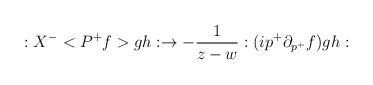
LaTeX: \begin{align*}:X^{-}<P^{+}f>gh:\rightarrow -\frac 1{z-w}:(ip^{+}\partial _{p^{+}}f)gh:\end{align*}